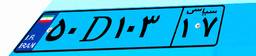
۷۲D۲۷۱۷۱